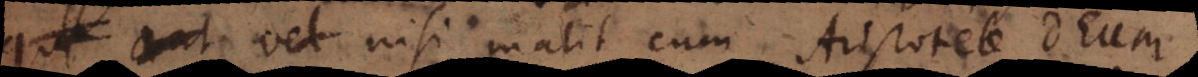
aut saltem sedem nisi malit cum Aristotele Deum